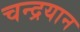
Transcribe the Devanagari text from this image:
चन्‍द्रयान